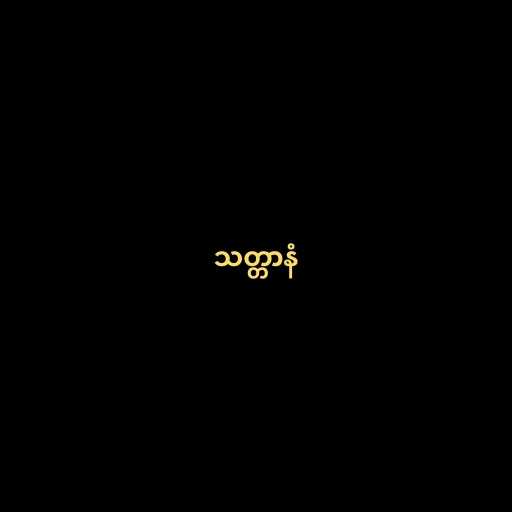
သတ္တာနံ